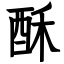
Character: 酥